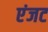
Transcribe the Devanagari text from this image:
एंजट